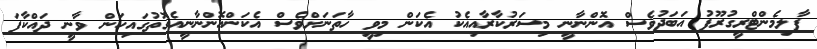
ޕާލިމެންޓްރީގުރޫޕު އަބަދުވެސް އޮންނާނީ މިސަރުކާރާއިއެކު އެކަން މިވީ ހާތަނަށްވެސް އެކަންއޮންނާނީއެގޮތުގަައިކަން ވާނީ ދައްކާފަ